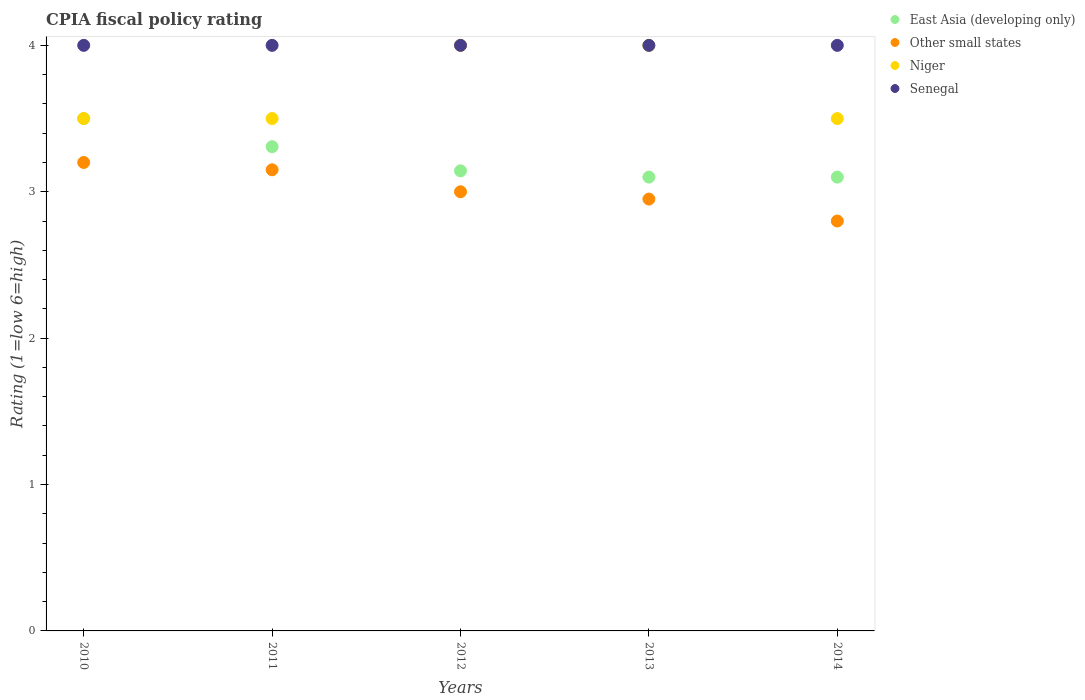
| Years | East Asia (developing only) | Other small states | Niger | Senegal |
 | --- | --- | --- | --- | --- |
 | 2010 | 3.5 | 3.2 | 3.5 | 4 |
 | 2011 | 3.31 | 3.15 | 3.5 | 4 |
 | 2012 | 3.14 | 3 | 4 | 4 |
 | 2013 | 3.1 | 2.95 | 4 | 4 |
 | 2014 | 3.1 | 2.8 | 3.5 | 4 |